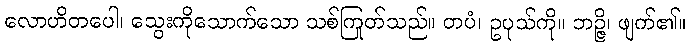
လောဟိတပေါ၊ သွေးကိုသောက်သော သစ်ကြုတ်သည်။ တပံ၊ ဥပုသ်ကို။ ဘဉ္ဇိ၊ ဖျက်၏။